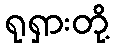
ရုရှားတို့